Source: Handwritten
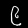
Digit: ၉ (9)